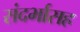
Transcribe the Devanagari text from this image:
संदर्भासह